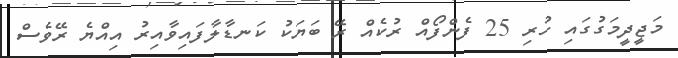
މަޖީދީމަގުގައި ހުރި 25 ފެންފޯއް ރުކެއް ރޭ ބަޔަކު ކަނޑާލާފައިވާއިރު އިއްޔެ ރޭވެސް